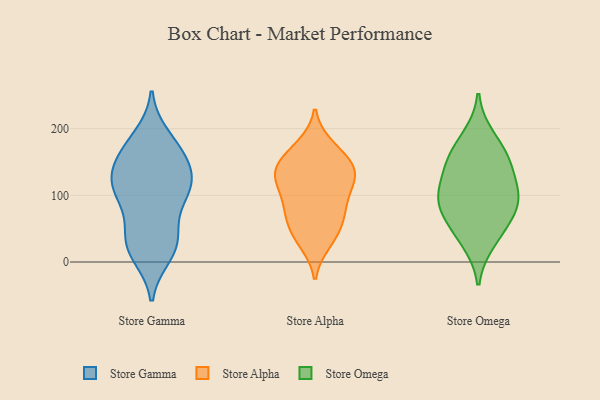
{"axis": {"x": "Demand Index", "y": "Value"}, "legend": ["Store Alpha", "Store Gamma", "Store Omega"], "data": [{"x": "", "y": 160, "type": "Store Gamma"}, {"x": "", "y": 105, "type": "Store Gamma"}, {"x": "", "y": 165, "type": "Store Gamma"}, {"x": "", "y": 188, "type": "Store Gamma"}, {"x": "", "y": 26, "type": "Store Gamma"}, {"x": "", "y": 111, "type": "Store Gamma"}, {"x": "", "y": 145, "type": "Store Gamma"}, {"x": "", "y": 148, "type": "Store Gamma"}, {"x": "", "y": 10, "type": "Store Gamma"}, {"x": "", "y": 45, "type": "Store Gamma"}, {"x": "", "y": 107, "type": "Store Gamma"}, {"x": "", "y": 25, "type": "Store Gamma"}, {"x": "", "y": 116, "type": "Store Gamma"}, {"x": "", "y": 115, "type": "Store Gamma"}, {"x": "", "y": 88, "type": "Store Gamma"}, {"x": "", "y": 125, "type": "Store Gamma"}, {"x": "", "y": 48, "type": "Store Gamma"}, {"x": "", "y": 179, "type": "Store Gamma"}, {"x": "", "y": 16, "type": "Store Gamma"}, {"x": "", "y": 96, "type": "Store Alpha"}, {"x": "", "y": 82, "type": "Store Alpha"}, {"x": "", "y": 130, "type": "Store Alpha"}, {"x": "", "y": 174, "type": "Store Alpha"}, {"x": "", "y": 32, "type": "Store Alpha"}, {"x": "", "y": 132, "type": "Store Alpha"}, {"x": "", "y": 128, "type": "Store Alpha"}, {"x": "", "y": 29, "type": "Store Alpha"}, {"x": "", "y": 171, "type": "Store Alpha"}, {"x": "", "y": 149, "type": "Store Alpha"}, {"x": "", "y": 109, "type": "Store Alpha"}, {"x": "", "y": 86, "type": "Store Alpha"}, {"x": "", "y": 59, "type": "Store Alpha"}, {"x": "", "y": 133, "type": "Store Alpha"}, {"x": "", "y": 51, "type": "Store Alpha"}, {"x": "", "y": 153, "type": "Store Alpha"}, {"x": "", "y": 134, "type": "Store Alpha"}, {"x": "", "y": 66, "type": "Store Alpha"}, {"x": "", "y": 30, "type": "Store Omega"}, {"x": "", "y": 107, "type": "Store Omega"}, {"x": "", "y": 49, "type": "Store Omega"}, {"x": "", "y": 151, "type": "Store Omega"}, {"x": "", "y": 103, "type": "Store Omega"}, {"x": "", "y": 98, "type": "Store Omega"}, {"x": "", "y": 80, "type": "Store Omega"}, {"x": "", "y": 159, "type": "Store Omega"}, {"x": "", "y": 75, "type": "Store Omega"}, {"x": "", "y": 188, "type": "Store Omega"}, {"x": "", "y": 144, "type": "Store Omega"}]}